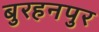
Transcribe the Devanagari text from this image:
बुरहनपुर